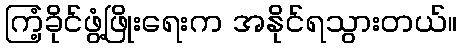
ကြံ့ခိုင်ဖွံ့ဖြိုးရေးက အနိုင်ရသွားတယ်။